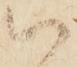
以